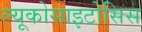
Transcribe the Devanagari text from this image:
ल्यूकोसाइटोसिस